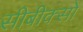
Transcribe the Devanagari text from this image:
सीबीक्सों